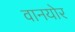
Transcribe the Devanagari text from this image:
वानयोर